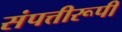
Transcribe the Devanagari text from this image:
संपत्तीरूपी